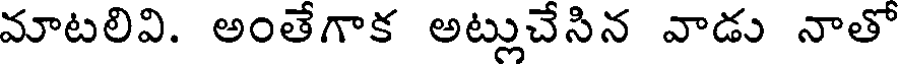
మాటలివి. అంతేగాక అట్లుచేసిన వాడు నాతో